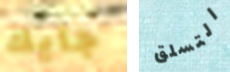
جايك التسلق